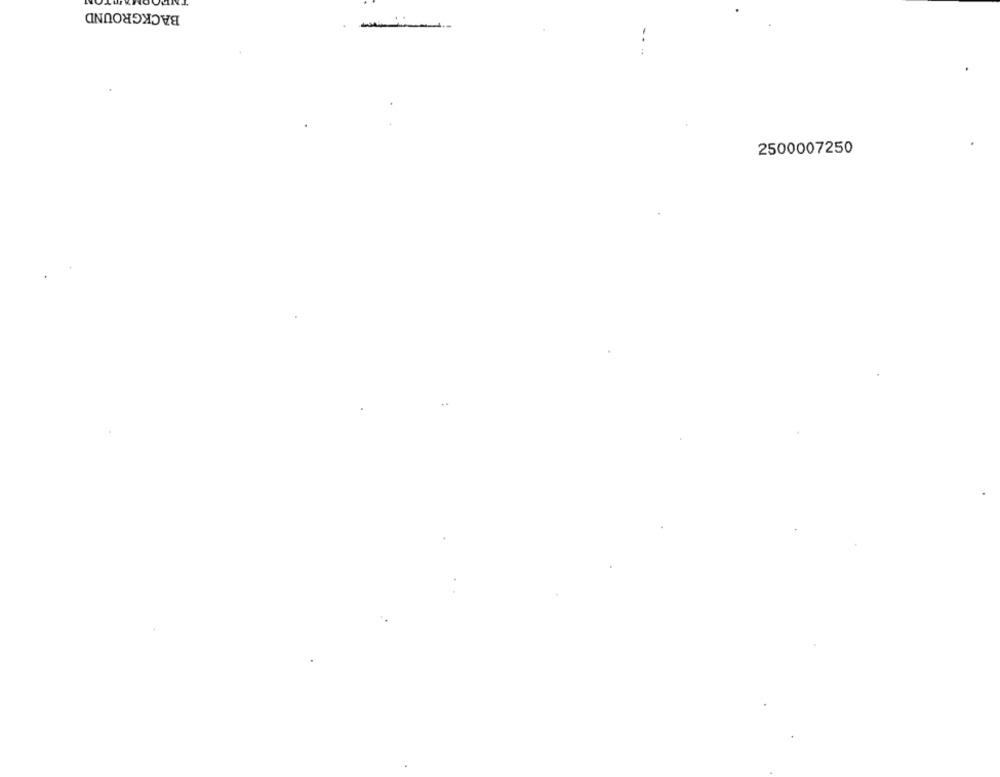
BACKGROUND
2500007250